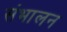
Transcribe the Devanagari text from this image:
संभालन